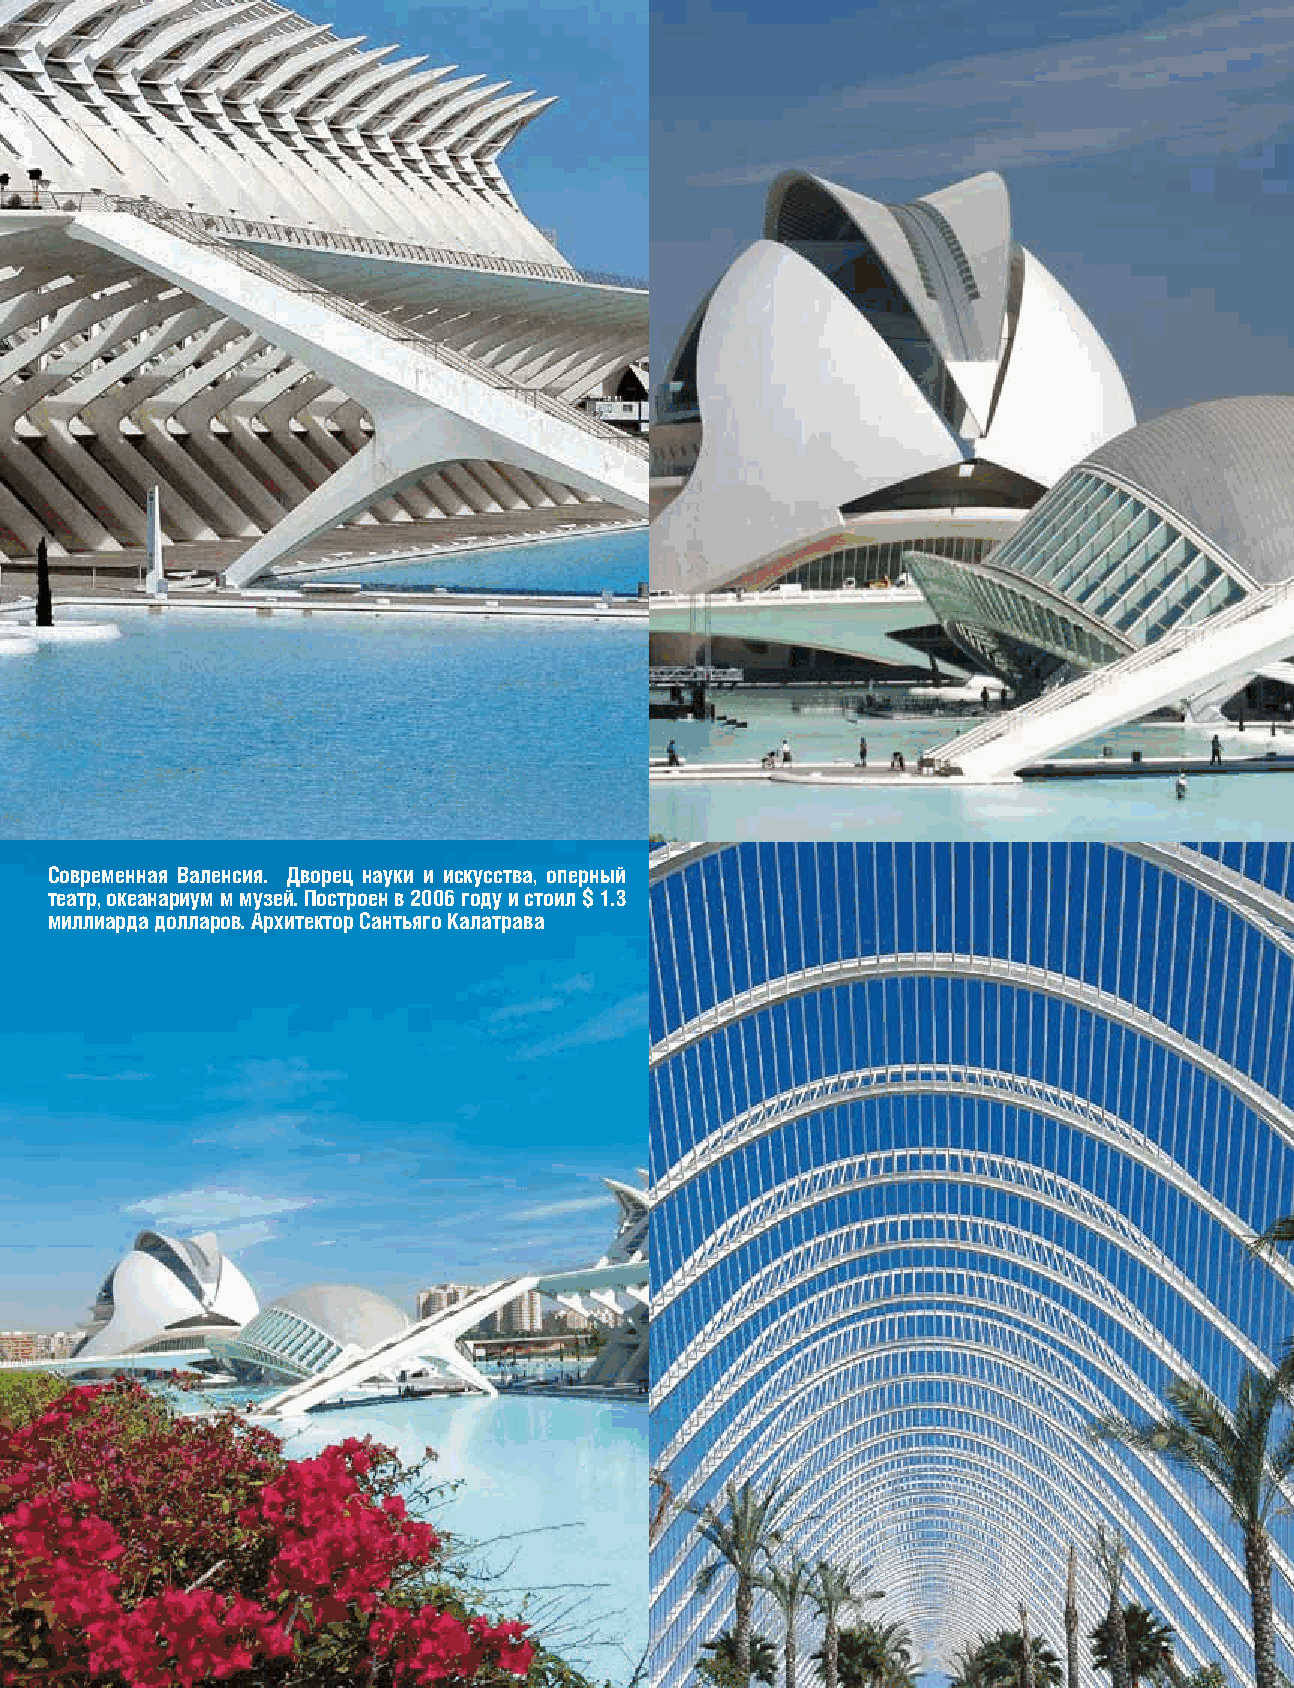
Современная Валенсия. Дворец науки и искусства, оперный
 театр, океанариум м музей. Построен в 2006 году и стоил $ 1.3
 миллиарда долларов. Архитектор Сантьяго Калатрава
 26      MARCH-APRIL 2009